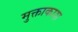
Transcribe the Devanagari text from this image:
मुक्ताकाश